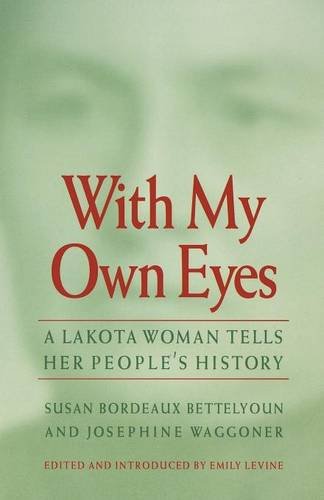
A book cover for With My Own Eyes: A Lakota Woman Tells Her People's History; Susan Bordeaux Bettelyoun; Biographies & Memoirs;